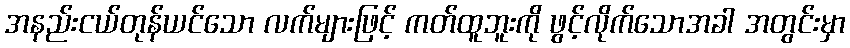
အနည်းငယ်တုန်ယင်သော လက်များဖြင့် ကတ်ထူဘူးကို ဖွင့်လိုက်သောအခါ အတွင်းမှာ